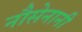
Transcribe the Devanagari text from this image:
नौसेनानी